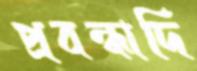
প্রবন্ধাদি